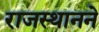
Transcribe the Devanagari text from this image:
राजस्थानने